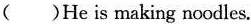
()He is making noodles.